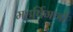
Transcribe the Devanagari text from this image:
महर्षिगणों